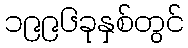
၁၉၉၆ခုနှစ်တွင်